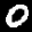
Label: 0